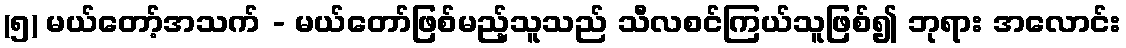
(၅) မယ်တော့်အသက် - မယ်တော်ဖြစ်မည့်သူသည် သီလစင်ကြယ်သူဖြစ်၍ ဘုရား အလောင်း